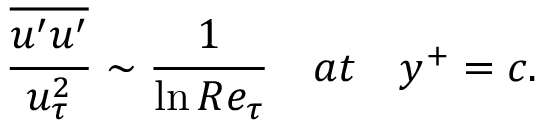
\frac { \overline { { u ^ { \prime } u ^ { \prime } } } } { u _ { \tau } ^ { 2 } } \sim \frac { 1 } { \ln R e _ { \tau } } \quad a t \quad y ^ { + } = c .